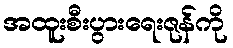
အထူးစီးပွားရေးဇုန်ကို